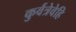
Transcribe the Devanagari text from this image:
कुर्वत्रेवेहि